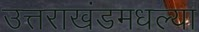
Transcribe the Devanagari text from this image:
उत्तराखंडमधल्या